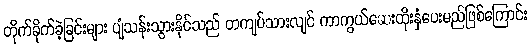
တိုက်ခိုက်ခဲ့ခြင်းများ ပျံသန်းသွားနိုင်သည် တကျပ်သားလျင် ကာကွယ်ဆေးထိုးနှံပေးမည်ဖြစ်ကြောင်း